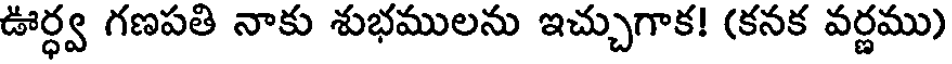
ఊర్ధ్వ గణపతి నాకు శుభములను ఇచ్చుగాక! (కనక వర్ణము)